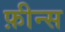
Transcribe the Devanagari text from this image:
फ़ीन्स